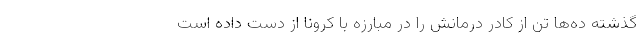
گذشته ده‌ها تن از كادر درمانش را در مبارزه با كرونا از دست داده است